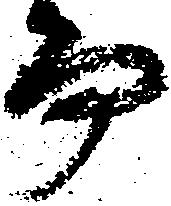
而